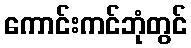
ကောင်းကင်ဘုံတွင်